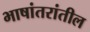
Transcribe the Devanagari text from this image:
भाषांतरांतील